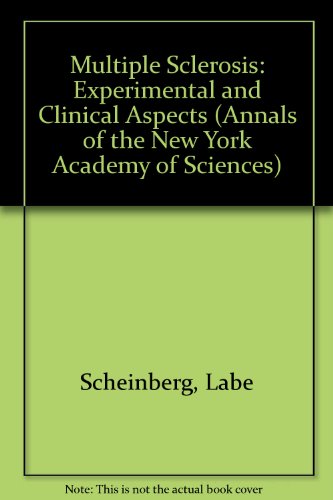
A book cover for Multiple Sclerosis: Experimental and Clinical Aspects (Annals of the New York Academy of Sciences); Labe C. Scheinberg; Health, Fitness & Dieting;